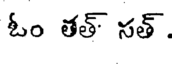
ఓం తత్ సత్.